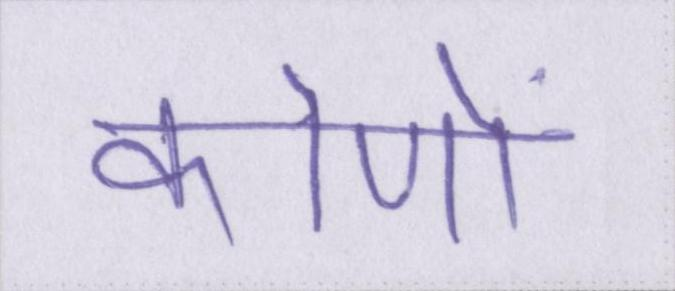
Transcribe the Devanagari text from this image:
कोणों